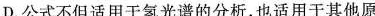
D.公式不但适用于氢光谱的分析，也适用于其他原